Rangoon Lunatic Asylum 1878-1892 - 1878-1892
Year: 1878
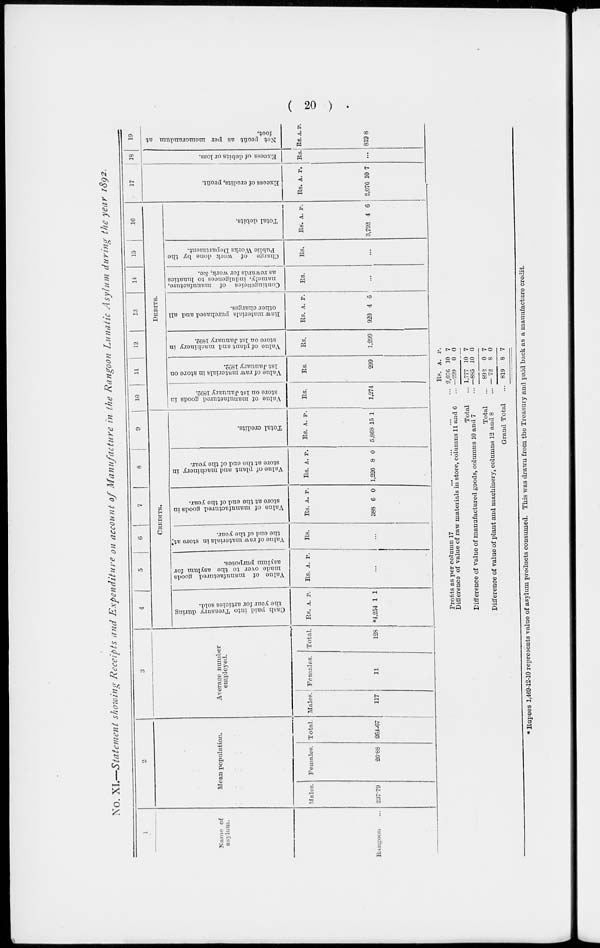
( 20 )
No. XI.—Statement showing Receipts and Expenditure on account of Manufacture in the Rangoon Lunatic Asylum during the year 1892.
1
Name of
asylum.
Rangoon ...
2
Mean population.
Males.
237.79
Females.
26.88
Total.
264.67
3
Average number
employed.
Males.
117
Females.
11
Total.
128
4
5
6
7
8
9
CREDITS.
Cash paid into Treasury during
the year for articles sold.
Rs.
*4,254
A.
1
P.
1
Value of manufactured goods
made over to the asylum for
asylum purposes.
Rs. A. P.
...
Value of raw materials in store at*
the end of the year.
Rs.
...
Value of manufactured goods in
store
at the end of the year.
Rs.
388
A.
6
P.
0
Value of plant and machinery in
store at the end of the year.
Rs.
1,226
A.
8
P.
0
Total credits.
Rs.
5,868
A.
15
P.
1
10
11
12
13
14
15 16
DEBITS.
Value of manufactured goods in
store on 1st January 1892.
Rs.
1,274
Value of raw materials in store on
1st January 1892.
Rs.
299
Value of plant and machinery in
store on 1st January 1892.
Rs.
1,299
Raw
materials purchased and all
other charges.
Rs.
920
A.
4
P.
6
Contingencies of manufacture,
namely, indulgences to lunatics
as rewards for work, &c.
Rs.
...
Charge of work done by the
Public Works Department.
Rs.
...
Total debits.
Rs.
3,792
A.
4
P.
6
17
Excess of credits, profit.
Rs.
2,076
A.
10
P.
7
18
Excess of debits or loss.
Rs.
...
19
Net profit
as per memorandum
foot.
Rs.
819
A.
8
P.
Profits as per column 17 ... ... ... ... ...
Difference of value of raw materials in store, columns 11 and 6 ...
Total ...
Difference of value of manufactured goods, columns 10 and 7 ...
Total ...
Difference of value of plant and machinery, columns 12 and 8 ...
Grand Total ...
Rs.
2,076
—299
1,777
—885
892
— 72
819
A.
10
0
10
10
0
8
8
P.
7
0
7
0
7
0
7
* Rupees 1,469-12-10 represents value of asylum products consumed. This was drawn from the Treasury and paid back as a manufacture credit.